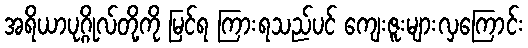
အရိယာပုဂ္ဂိုလ်တို့ကို မြင်ရ ကြားရသည်ပင် ကျေးဇူးများလှကြောင်း